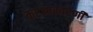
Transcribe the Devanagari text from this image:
करआकारणी